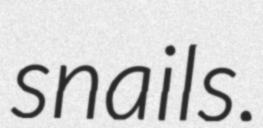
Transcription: snails.